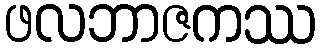
ဖလဘာဇကဿ